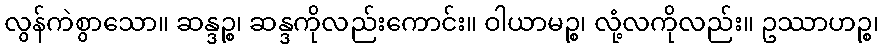
လွန်ကဲစွာသော။ ဆန္ဒဉ္စ၊ ဆန္ဒကိုလည်းကောင်း။ ဝါယာမဉ္စ၊ လုံ့လကိုလည်း။ ဥဿာဟဉ္စ၊